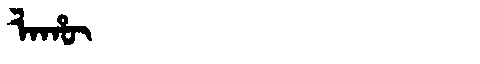
Manchu: ᠯᠠᡥᡡ
Romanization: LAHŪ